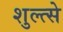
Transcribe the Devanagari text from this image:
शुल्त्से